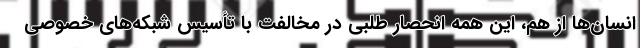
انسان‌ها از هم، این همه انحصار طلبی در مخالفت با تأسیس شبکه‌های خصوصی